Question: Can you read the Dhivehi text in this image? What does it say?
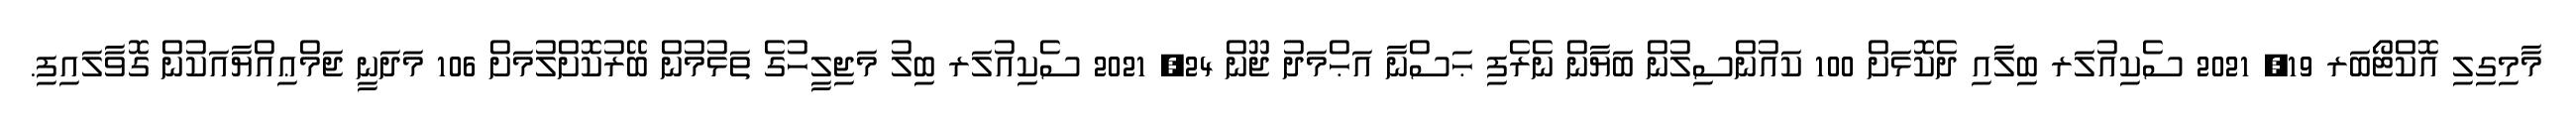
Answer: މާމިގިލި އޮކްޓޯބަރ 19, 2021 ސެކިއުލަރ ބިލާއި ދެކޮޅަށް 100 ކައުންސިލުން ބަޔާން ނެރެފި ޙަސްނާ އަޙްމަދު ޖޫން 24, 2021 ސެކިއުލަރ ބިލު މަޖިލީހުގެ ތަޅުމުން ބޭރުކޮށްލުމަށް 106 މަދަނީ ޖަމްޢިއްޔާއަކުން ގޮވާލައިފި.